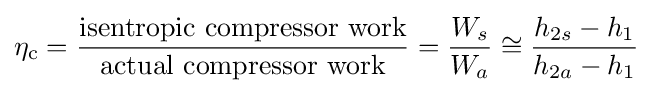
\eta _{\text{c}}={\frac {\text{isentropic compressor work}}{\text{actual compressor work}}}={\frac {W_{s}}{W_{a}}}\cong {\frac {h_{2s}-h_{1}}{h_{2a}-h_{1}}}